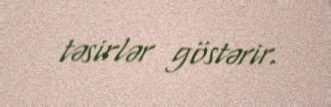
təsirlər göstərir.